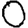
Digit: 0